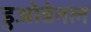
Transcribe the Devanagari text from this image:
डुओडेनल